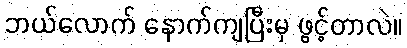
ဘယ်လောက် နောက်ကျပြီးမှ ဖွင့်တာလဲ။